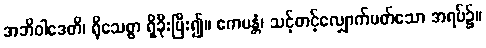
အဘိဝါဒေတိ၊ ရိုသေစွာ ရှိခိုးပြီး၍။ ဧကမန္တံ၊ သင့်တင့်လျှောက်ပတ်သော အရပ်၌။